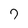
Character: 7